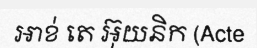
អាខ់ តេ អ៊ុយនិក (Acte